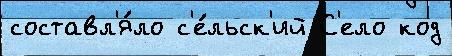
составл'я́ло с'е́льск'ий С'ело код